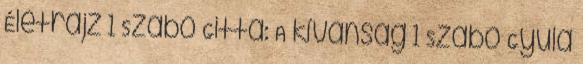
Életrajz 1 Szabó Gitta: A kívánság 1 Szabó Gyula